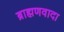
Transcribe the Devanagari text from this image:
ब्राह्मणवादा